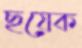
ছয়েক